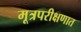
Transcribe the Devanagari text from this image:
मूत्रपरीक्षणात